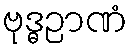
ဗုဒ္ဓဉာဏံ